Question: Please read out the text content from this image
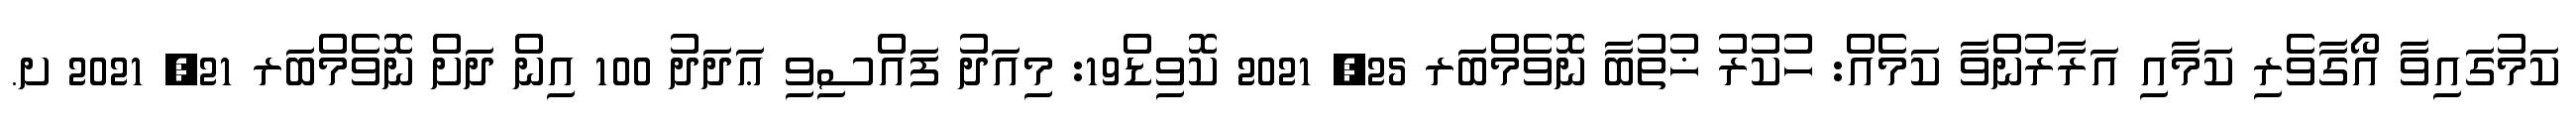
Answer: ކަމުގައިވާ އޯގާވެރި ކަމާއި އަރާރުންވާ ކަމެއް: ހުކުރު ޚުތުބާ ނޮވެމްބަރ 25, 2021 ކޮވިޑް19: މިއަދު ފައްސިވި ޢަދަދު 100 އިން ދަށް ނޮވެމްބަރ 21, 2021 ށ.